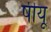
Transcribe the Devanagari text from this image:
षीयू